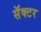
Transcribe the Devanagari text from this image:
सॅक्टर